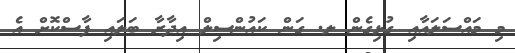
މި މައްސަލައާއި ގުޅިގެން ލ. ގަން ކައުންސިލް އިދާރާ ބަލައި ފާސްކޮށް އެ